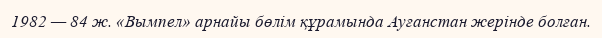
1982 — 84 ж. «Вымпел» арнайы бөлім құрамында Ауғанстан жерінде болған.